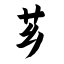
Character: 芗